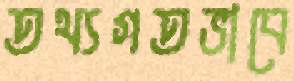
তথ্যগতভাবে